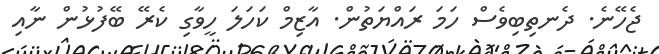
ޖެހޭނެ. ދެނތިބިވެސް ހަމަ ރައްޔަތުން. އާޒިމް ކަހަލަ ހީވާގި ކެރޭ ބޭފުޅުން ނާއި